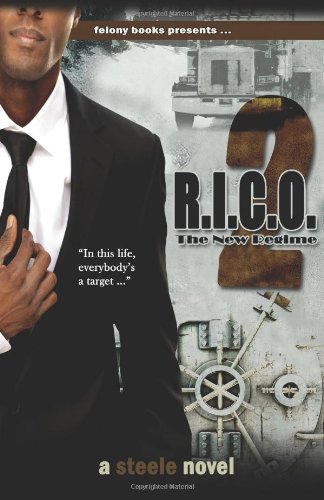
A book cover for R.I.C.O. 2; Tony Steele; Mystery, Thriller & Suspense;